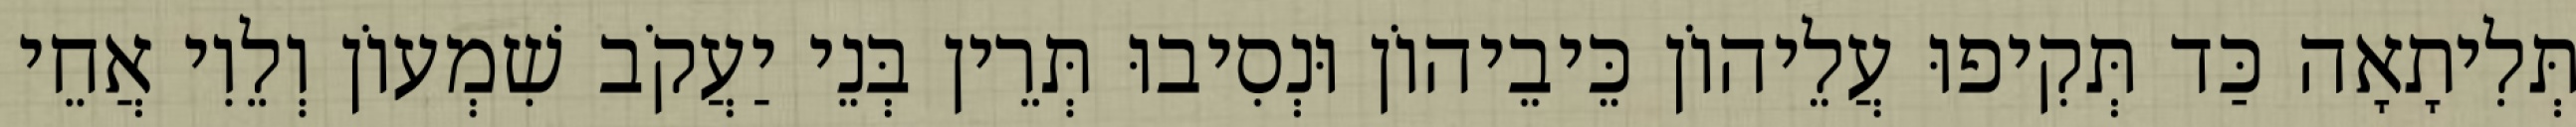
תְּלִיתָאָה כַּד תְּקִיפוּ עֲלֵיהוֹן כֵּיבֵיהוֹן וּנְסִיבוּ תְּרֵין בְּנֵי יַעֲקֹב שִׁמְעוֹן וְלֵוִי אֲחֵי